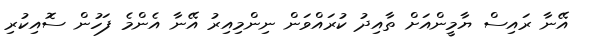
އޭނާ ރައިސް ޔާމީންއަށް ތާއިދު ކުރައްވަން ނިންމިއިރު އޭނާ އެންމެ ފަހުން ސޮއިކުރި